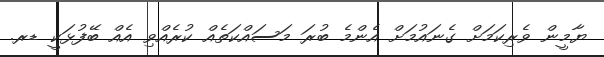
ޔާމީން ވެރިކަމަށް ގެނައުމަށް އެންމެ ބުރަ މަސައްކަތެއް ކުރެއްވި އެއް ބޭފުޅަކީ ޑރ.